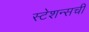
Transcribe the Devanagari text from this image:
स्टेशन्सची